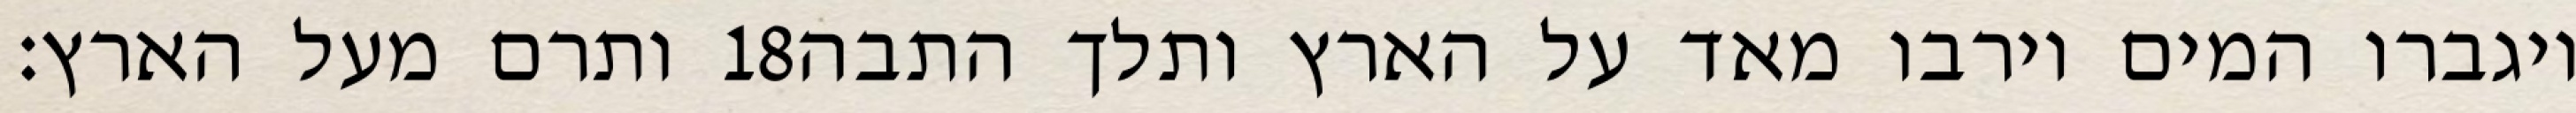
ותרם מעל הארץ׃ ‎18‏ ויגברו המים וירבו מאד על הארץ ותלך התבה